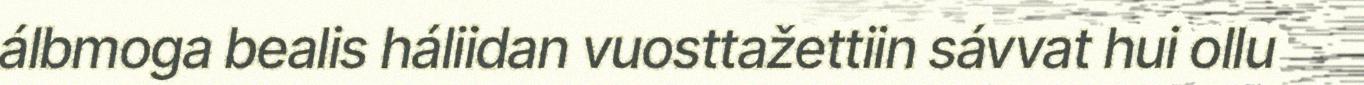
álbmoga bealis háliidan vuosttažettiin sávvat hui ollu